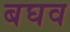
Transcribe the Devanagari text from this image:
बघव